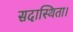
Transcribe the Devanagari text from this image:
सदास्थिता।